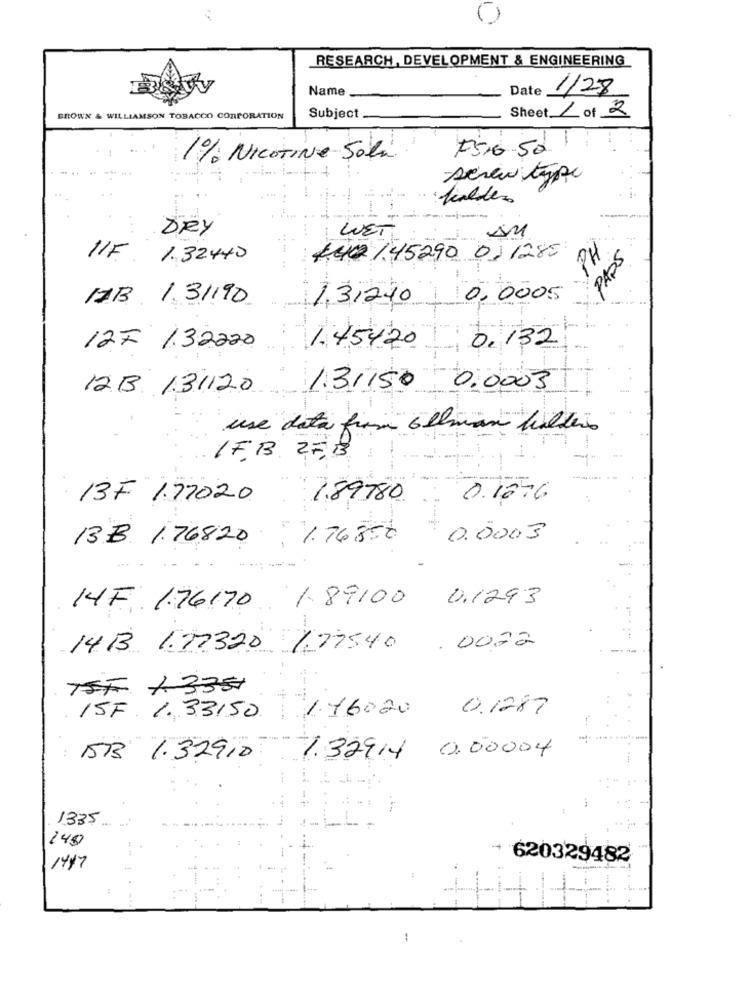
RESEARCH, DEVELOPMENT & ENGINEERING
Name
Date
1/28
BROWN & WILLIAMSON TOBACCO CORPORATION
Subject
Sheet 1 of 2
F5.6.50
1% NICOTINE Soli.
screw type
...
WET
DRY
2H
PAPS
11F
440 /45290 01 1285
1. 324 40
TAB 13/190
1.31240
10,0005
0.132
127 1.32220
1.45420
123 /3/120
1.31150 0.0003
use data from allman bildero
IF. B. 27,13
13F 1.72020
1.89780
0.1076
1.76850
0.0003
B.B. 1.76820
14F 176170
1.89100
0.1293
14B 1.72320 1,775.40 .00.22
TSF 13351
176020 0.1287
ISF. 1. 33150
BBB 1.32910:
1. 32914 0.00004
1335 ..
140
620329482
1417